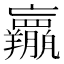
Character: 𱻕